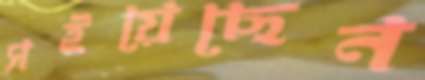
সইয়েছেন